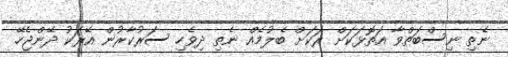
ނެތި ނިސްބަތްވާ އަތޮޅަކަށް ރަކަށް ބެލުމެއް ނެތި ދިވެހި ސަރުކާރުން އޭރަކު ދޭންޖެހޭ